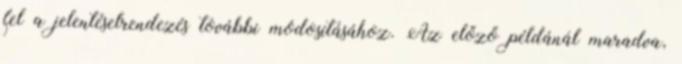
fel a jelentéselrendezés további módosításához. Az előző példánál maradva,